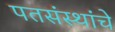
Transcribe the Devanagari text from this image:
पतसंस्थांचे